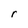
Character: r